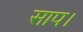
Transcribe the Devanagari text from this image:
साप।